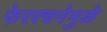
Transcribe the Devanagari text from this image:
फेररचनेमुळे